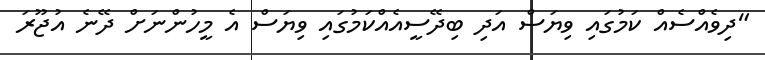
"ދިވެއްސެއް ކަމުގައި ވިޔަސް އަދި ބިދޭސީއެއްކަމުގައި ވިޔަސް އެ މީހުންނަށް ދޭނެ އުޖޫރަ